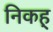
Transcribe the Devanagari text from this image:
निकह्